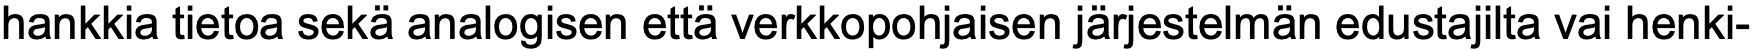
hankkia tietoa sekä analogisen että verkkopohjaisen järjestelmän edustajilta vai henki-